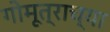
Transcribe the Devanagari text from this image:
गोमूत्राच्या